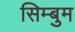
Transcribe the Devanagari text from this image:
सिम्बुम